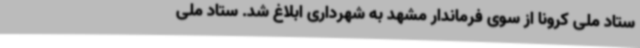
ستاد ملی کرونا از سوی فرماندار مشهد به شهرداری ابلاغ شد. ستاد ملی